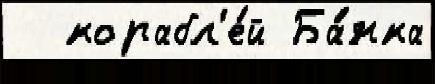
  корабл'е́й Ба́нка